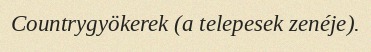
Countrygyökerek (a telepesek zenéje).